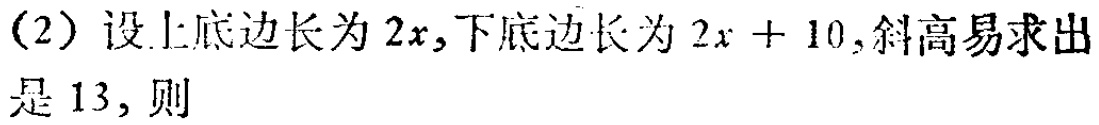
（2）设上底边长为\(2x\)，下底边长为\(2x + 10\)，斜高易求出是\(13\)，则